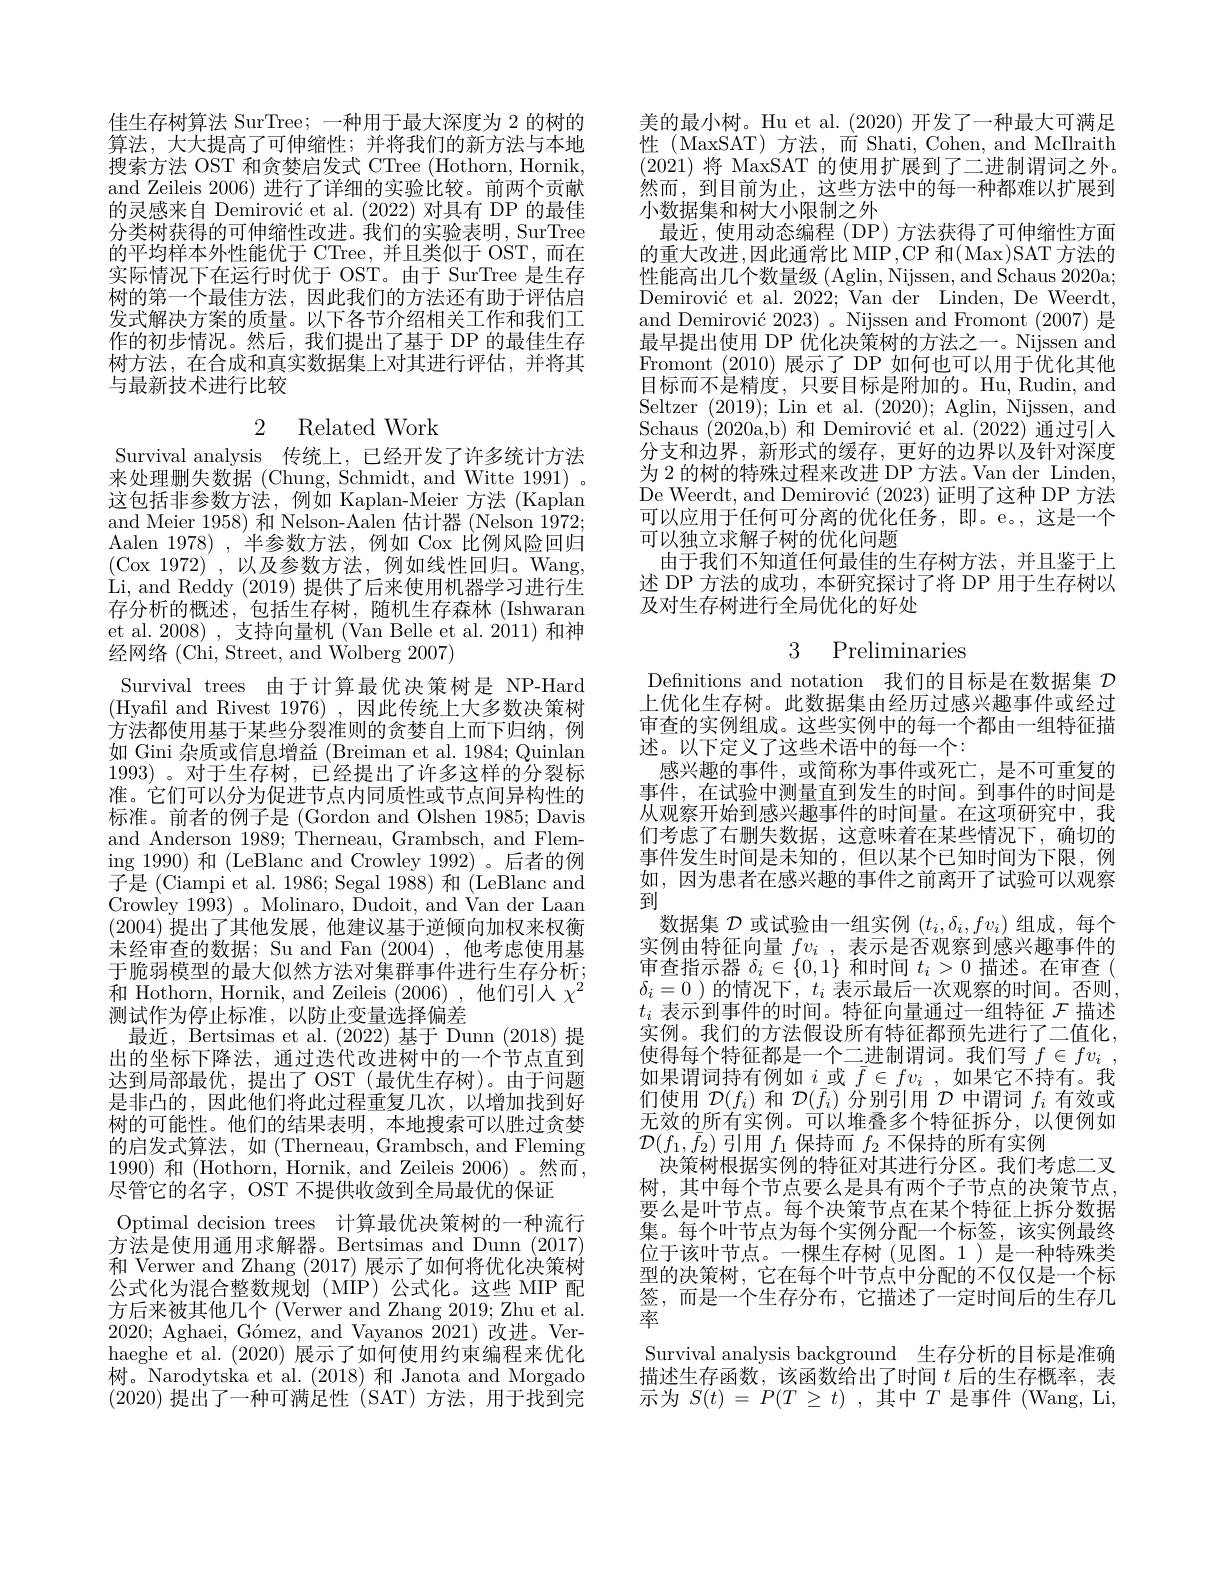
佳生存树算法 SurTree; 一种用于最大深度为 2 的树的算法，大大提高了可伸缩性；并将我们的新方法与本地搜索方法 OST 和贪婪启发式 CTree (Hothorn, Hornik, and Zeileis 2006) 进行了详细的实验比较。前两个贡献的灵感来自 Demirović et al. (2022)对具有 DP 的最佳分类树获得的可伸缩性改进。我们的实验表明，SurTree 的平均样本外性能优于 CTree, 并且类似于 OST,而在实际情况下在运行时优于 OST。由于 SurTree 是生存树的第一个最佳方法，因此我们的方法还有助于评估启发式解决方案的质量。以下各节介绍相关工作和我们工作的初步情况。然后，我们提出了基于 DP 的最佳生存树方法，在合成和真实数据集上对其进行评估，并将其与最新技术进行比较

2 Related Work

Survival analysis 传统上，已经开发了许多统计方法来处理删失数据 (Chung, Schmidt, and Witte 1991) 。这包括非参数方法，例如 Kaplan-Meier 方法 (Kaplan and Meier 1958)和 Nelson-Aalen 估计器 (Nelson 1972; Aalen 1978),半参数方法，例如 Cox 比例风险回归(Cox 1972)',以及参数方法，例如线性回归。Wang, Li, and Reddy (2019) 提供了后来使用机器学习进行生存分析的概述，包括生存树，随机生存森林(Ishwaran et al. 2008) , 支持向量机 (Van Belle et al. 2011) 和神经网络(Chi, Street, and Wolberg 2007)
Survival trees 由于计算最优决策树是 NP-Hard (Hyafil and Rivest 1976),因此传统上大多数决策树方法都使用基于某些分裂准则的贪婪自上而下归纳，例如 Gini 杂质或信息增益 (Breiman et al. 1984; Quinlan 1993)。对于生存树，已经提出了许多这样的分裂标准。它们可以分为促进节点内同质性或节点间异构性的标准。前者的例子是 (Gordon and Olshen 1985; Davis and Anderson 1989; Therneau, Grambsch, and Fleming 1990) 和 (LeBlanc and Crowley 1992) 。后者的例$\bar{\text{子是(Ciampi et al.1986; Segal 1988) 和(LeBlanc and}}$ Crowley 1993) 。Molinaro, Dudoit, and Van der Laan (2004)提出了其他发展，他建议基于逆倾向加权来权衡未经审查的数据；Su and Fan (2004),他考虑使用基于脆弱模型的最大似然方法对集群事件进行生存分析； 和 Hothorn, Hornik, and Zeileis (2006) ,他们引入$\chi^2$ 测试作为停止标准，以防止变量选择偏差
最近，Bertsimas et al. (2022)基于 Dunn (2018)提出的坐标下降法，通过迭代改进树中的一个节点直到达到局部最优，提出了 OST (最优生存树)。由于问题是非凸的，因此他们将此过程重复几次，以增加找到好树的可能性。他们的结果表明，本地搜索可以胜过贪婪的启发式算法，如(Therneau,Grambsch,andFleming 1990)和(Hothorn, Hornik, and Zeileis 2006)。然而， 尽管它的名字，OST 不提供收敛到全局最优的保证
Optimal decision trees 计算最优决策树的一种流行方法是使用通用求解器。Bertsimas and Dunn (2017) 和 Verwer and Zhang (2017)展示了如何将优化决策树公式化为混合整数规划(MIP)公式化。这些 MIP 配方后来被其他几个 (Verwer and Zhang 2019; Zhu et al. 2020; Aghaei, Gómez, and Vayanos 2021)改进。Verhaeghe et al. (2020) 展示了如何使用约束编程来优化树。Narodytska et al.(2018) 和 Janota and Morgado (2020)提出了一种可满足性(SAT)方法，用于找到完

美的最小树。Hu et al.(2020)开发了一种最大可满足性(MaxSAT)方法，而 Shati, Cohen, and McIlraith (2021)将 MaxSAT 的使用扩展到了二进制谓词之外。然而，到目前为止，这些方法中的每一种都难以扩展到小数据集和树大小限制之外
最近，使用动态编程(DP)方法获得了可伸缩性方面的重大改进，因此通常比 MIP,CP 和(Max)SAT方法的性能高出几个数量级 (Aglin, Nijssen, and Schaus 2020a; Demirović et al. 2022; Van der Linden, De Weerdt and Demirović 2023)。Nijssen and Fromont(2007)是最早提出使用 DP 优化决策树的方法之一。Nijssen and Fromont (2010)展示了 DP 如何也可以用于优化其他目标而不是精度，只要目标是附加的。Hu,Rudin,and Seltzer (2019);Lin et al.(2020);Aglin, Nijssen, and Schaus (2020a,b)和 Demirović et al.(2022)通过引人分支和边界，新形式的缓存，更好的边界以及针对深度为 2 的树的特殊过程来改进 DP 方法。Van der Linden, De Weerdt, and Demirović (2023)证明了这种 DP 方法可以应用于任何可分离的优化任务，即。e。,这是一个可以独立求解子树的优化问题
由于我们不知道任何最佳的生存树方法，并且鉴于上述 DP 方法的成功，本研究探讨了将 DP 用于生存树以及对生存树进行全局优化的好处

# 3 Preliminaries

Definitions and notation 我们的目标是在数据集$\mathcal{D}$ 上优化生存树。此数据集由经历过感兴趣事件或经过审查的实例组成。这些实例中的每一个都由一组特征描述。以下定义了这些术语中的每一个：
感兴趣的事件，或简称为事件或死亡，是不可重复的事件，在试验中测量直到发生的时间。到事件的时间是从观察开始到感兴趣事件的时间量。在这项研究中，我们考虑了右删失数据，这意味着在某些情况下，确切的事件发生时间是未知的，但以某个已知时间为下限，例如，因为患者在感兴趣的事件之前离开了试验可以观察到
数据集$\mathcal{D}$或试验由一组实例$(t_i,\delta_i,fv_i)$组成，每个实例由特征向量$fv_i$ ,表示是否观察到感兴趣事件的审查指示器$\delta_i\in\{0,1\}$和时间$t_i>0$描述。在审查( $\delta_i=0$ )的情况下，$t_i$表示最后一次观察的时间。否则$t_i$表示到事件的时间。特征向量通过一组特征$\mathcal{F}$描述实例。我们的方法假设所有特征都预先进行了二值化， 使得每个特征都是一个二进制谓词。我们写$f\in fv_i$ , 如果谓词持有例如$i$或$\bar{f}\in fv_i$ ,如果它不持有。我们使用$\mathcal{D}(f_i)$和$\mathcal{D}(\bar{f}_i)$分别引用$\mathcal{D}$中谓词$f_i$有效或无效的所有实例。可以堆叠多个特征拆分，以便例如$\mathcal{D}(f_1,\bar{f}_2)$引用$f_1$保持而$f_2$不保持的所有实例
决策树根据实例的特征对其进行分区。我们考虑二叉树，其中每个节点要么是具有两个子节点的决策节点， 要么是叶节点。每个决策节点在某个特征上拆分数据集。每个叶节点为每个实例分配一个标签，该实例最终位于该叶节点。一棵生存树(见图。1)是一种特殊类型的决策树，它在每个叶节点中分配的不仅仅是一个标签，而是一个生存分布，它描述了一定时间后的生存几率
Survival analysis background 生存分析的目标是准确描述生存函数，该函数给出了时间$t$后的生存概率，表示为$S( t)$ = $P( T$ $\geq$ $t)$ ,其中$T$是事件 (Wang, Li